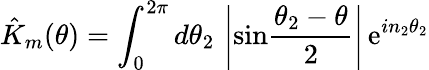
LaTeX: \hat{K}_{m}(\theta)=\int_{0}^{2\pi}d\theta_{2}\, \left|\mathrm{sin}{\frac{\theta_{2}-\theta}{2}}\right|\, \mathrm{e}^{in_{2}\theta_{2}}